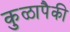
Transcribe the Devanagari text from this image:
कुळापैकी